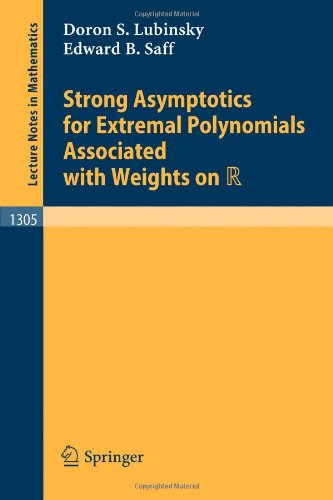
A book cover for Strong Asymptotics for Extremal Polynomials Associated with Weights on R (Lecture Notes in Mathematics); Doron S. Lubinsky; Science & Math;